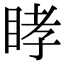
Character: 𥆔